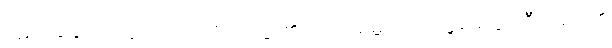
ပဋိသင်္ခါနုပဿနာဉာဏံ၊ ကို။ ဒဋ္ဌဗ္ဗံ၊ ၏။ သပ္ပံ၊ မြွေကို။ ပရိဗ္ဘမေတွာ၊ ဦးခေါင်း၏